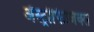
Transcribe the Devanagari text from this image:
ॲस्ट्रोफिजिक्स